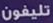
تليفون